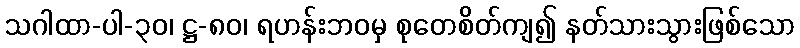
သဂါထာ-ပါ-၃၀၊ ဋ္ဌ-၈၀၊ ရဟန်းဘဝမှ စုတေစိတ်ကျ၍ နတ်သားသွားဖြစ်သော